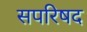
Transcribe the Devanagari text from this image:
सपरिषद